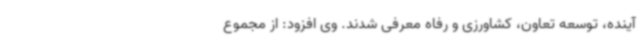
آینده، توسعه تعاون، کشاورزی و رفاه معرفی شدند. وی افزود: از مجموع